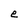
Character: e